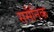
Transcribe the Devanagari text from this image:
ससैनिक